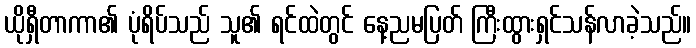
ယိုရှီတာကာ၏ ပုံရိပ်သည် သူ၏ ရင်ထဲတွင် နေ့ညမပြတ် ကြီးထွားရှင်သန်လာခဲ့သည်။